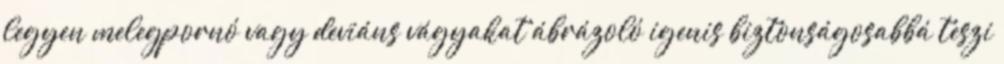
legyen melegpornó vagy deviáns vágyakat ábrázoló igenis biztonságosabbá teszi